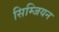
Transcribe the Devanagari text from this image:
सिम्जियन